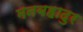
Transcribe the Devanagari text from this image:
मनबहादुर